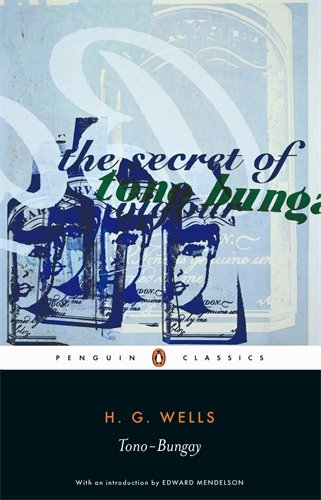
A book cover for Tono-Bungay (Penguin Classics); H.G. Wells; Humor & Entertainment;